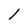
Character: 1